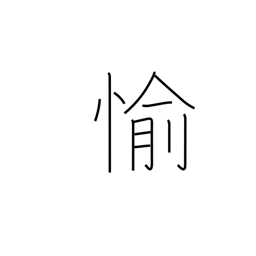
Meaning: happy